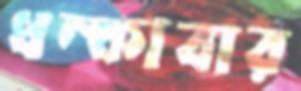
ধম্‌কাবার